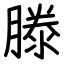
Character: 滕